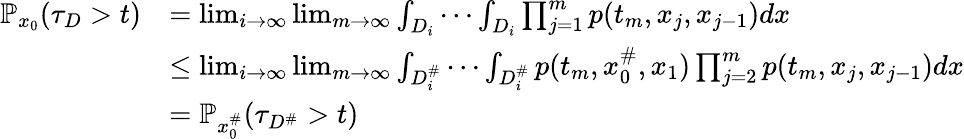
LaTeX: \begin{array}{rl}{\mathbb{P}_{x_{0}}(\tau_{D}>t)}&{=\operatorname*{lim}_{i\rightarrow\infty}\operatorname*{lim}_{m\rightarrow\infty}\int_{D_{i}}\cdots\int_{D_{i}}\prod_{j=1}^{m}p(t_{m},x_{j},x_{j-1})dx}\\ &{\le\operatorname*{lim}_{i\rightarrow\infty}\operatorname*{lim}_{m\rightarrow\infty}\int_{D_{i}^{\# }}\cdots\int_{D_{i}^{\# }}p(t_{m},x_{0}^{\# },x_{1})\prod_{j=2}^{m}p(t_{m},x_{j},x_{j-1})dx}\\ &{=\mathbb{P}_{x_{0}^{\# }}(\tau_{D^{\# }}>t)}\end{array}